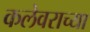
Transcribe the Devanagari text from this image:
कलेवराच्या